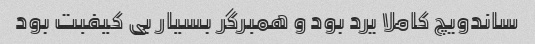
ساندویچ کاملا یرد بود و همبرگر بسیار بی کیفبت بود